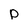
Character: D